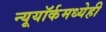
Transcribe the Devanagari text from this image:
न्यूयॉर्कमध्येही